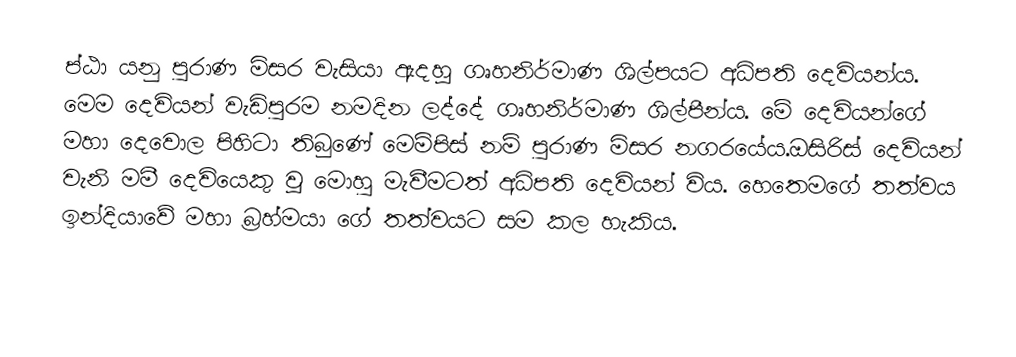
ප්ඨා යනු පුරාණ මිසර වැසියා ඇදහූ ගෘහනිර්මාණ ශිල්පයට අධිපති දෙවියන්ය. මෙම දෙවියන් වැඩිපුරම නමදින ලද්දේ ගෘහනිර්මාණ ශිල්පීන්ය. මේ දෙවියන්ගේ මහා දෙවොල පිහිටා තිබුණේ මෙම්පිස් නම් පුරාණ මිසර නගරයේය.ඔසිරිස් දෙවියන් වැනි මමී දෙවියෙකු වූ මොහු මැවීමටත් අධිපති දෙවියන් විය. හෙතෙමගේ තත්වය ඉන්දියාවේ මහා බ්‍රහ්මයා ගේ තත්වයට සම කල හැකිය.